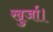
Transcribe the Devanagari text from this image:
खुर्जा।